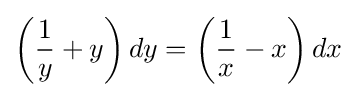
\left({\frac {1}{y}}+y\right)dy=\left({\frac {1}{x}}-x\right)dx